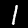
Label: 1